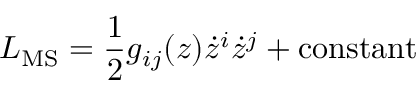
L _ { \mathrm { M S } } = { \frac { 1 } { 2 } } g _ { i j } ( z ) \dot { z } ^ { i } \dot { z } ^ { j } + \mathrm { c o n s t a n t }